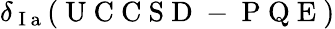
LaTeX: \delta_{\mathrm{~I~a~}}(\mathrm{~U~C~C~S~D~-~P~Q~E~})